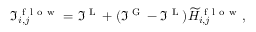
\Im _ { i , j } ^ { \mathrm { ~ f ~ l ~ o ~ w ~ } } = \Im ^ { \textrm { L } } + ( \Im ^ { \textrm { G } } - \Im ^ { \textrm { L } } ) \widetilde { H } _ { i , j } ^ { \mathrm { ~ f ~ l ~ o ~ w ~ } } ,